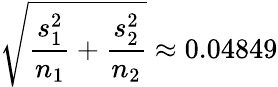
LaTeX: {\sqrt{{\frac{s_{1}^{2}}{n_{1}}}+{\frac{s_{2}^{2}}{n_{2}}}}}\approx 0.04849